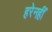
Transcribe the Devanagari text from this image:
हरेनहीं